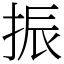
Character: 振